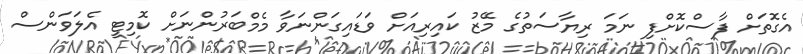
އެގޮތަށް ފާސްކޮށްފި ނަމަ ރިޔާސަތުގެ މޭޒު ކައިރިއަށް ވަޑައިގަންނަވާ މެމްބަރުންނަށް ކޮމިޓީ އެލަވަންސް